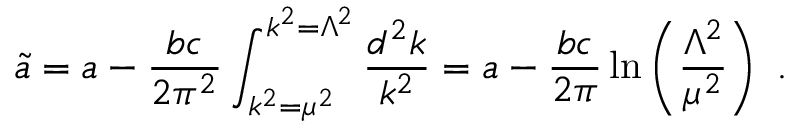
{ \widetilde a } = a - { \frac { b c } { 2 \pi ^ { 2 } } } \int _ { k ^ { 2 } = \mu ^ { 2 } } ^ { k ^ { 2 } = \Lambda ^ { 2 } } { \frac { d ^ { 2 } k } { k ^ { 2 } } } = a - { \frac { b c } { 2 \pi } } \ln \left( { \frac { \Lambda ^ { 2 } } { \mu ^ { 2 } } } \right) ~ .